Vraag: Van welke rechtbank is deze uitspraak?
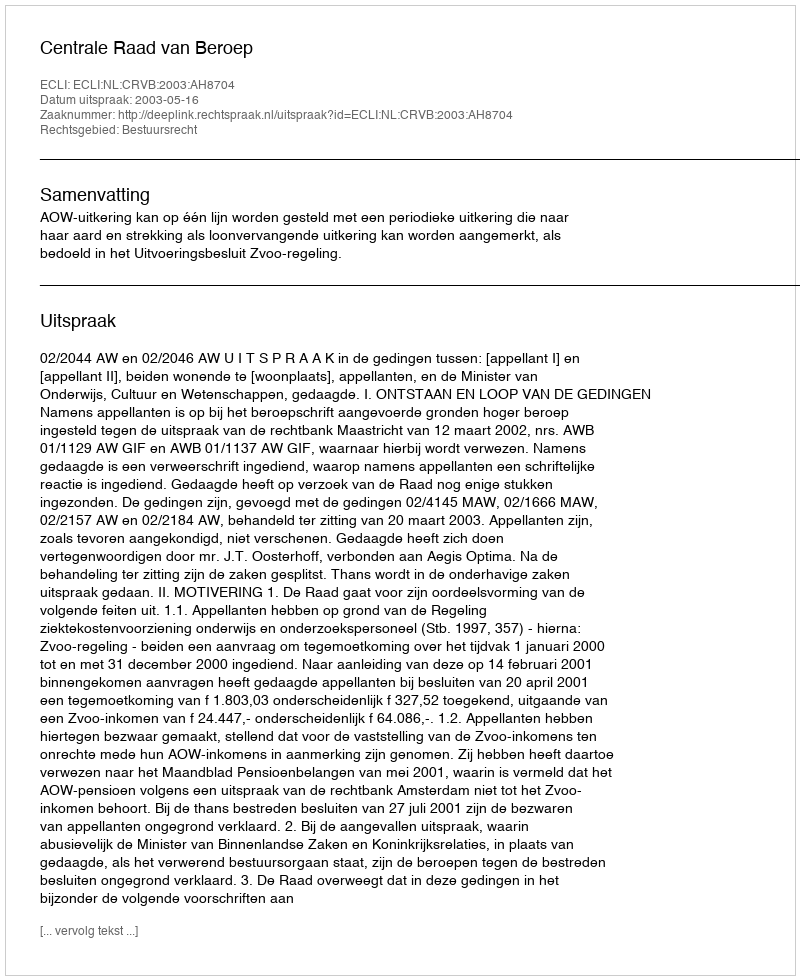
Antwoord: Centrale Raad van Beroep